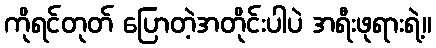
ကိုရင်တုတ် ပြောတဲ့အတိုင်းပါပဲ အရီးဖုရားရဲ့။